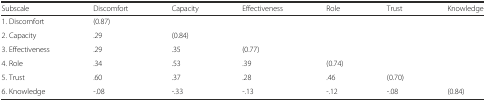
<table><thead><tr><td><b>Subscale</b></td><td><b>Discomfort</b></td><td><b>Capacity</b></td><td><b>Effectiveness</b></td><td><b>Role</b></td><td><b>Trust</b></td><td><b>Knowledge</b></td></tr></thead><tbody><tr><td>1. Discomfort</td><td>(0.87)</td><td></td><td></td><td></td><td></td><td></td></tr><tr><td>2. Capacity</td><td>.29</td><td>(0.84)</td><td></td><td></td><td></td><td></td></tr><tr><td>3. Effectiveness</td><td>.29</td><td>.35</td><td>(0.77)</td><td></td><td></td><td></td></tr><tr><td>4. Role</td><td>.34</td><td>.53</td><td>.39</td><td>(0.74)</td><td></td><td></td></tr><tr><td>5. Trust</td><td>.60</td><td>.37</td><td>.28</td><td>.46</td><td>(0.70)</td><td></td></tr><tr><td>6. Knowledge</td><td>-.08</td><td>-.33</td><td>-.13</td><td>-.12</td><td>-.08</td><td>(0.84)</td></tr></tbody></table>